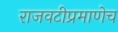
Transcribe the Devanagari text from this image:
राजवटीप्रमाणेच